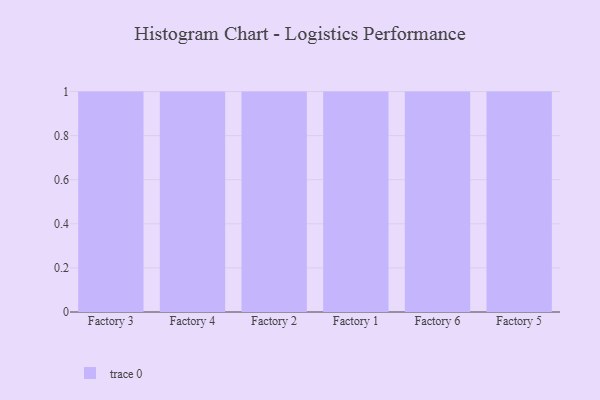
{"axis": {"x": "Factory", "y": "Website Visitors"}, "legend": [""], "data": [{"x": "Factory 3", "y": 79, "type": ""}, {"x": "Factory 4", "y": 18, "type": ""}, {"x": "Factory 2", "y": 72, "type": ""}, {"x": "Factory 1", "y": 26, "type": ""}, {"x": "Factory 6", "y": 14, "type": ""}, {"x": "Factory 5", "y": 56, "type": ""}]}